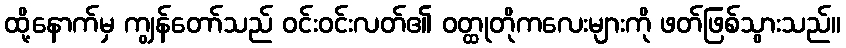
ထို့နောက်မှ ကျွန်တော်သည် ဝင်းဝင်းလတ်၏ ဝတ္ထုတိုကလေးများကို ဖတ်ဖြစ်သွားသည်။